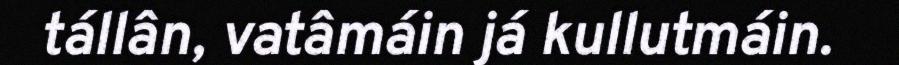
tállân, vatâmáin já kullutmáin.